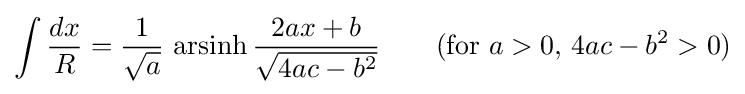
\int {\frac {dx}{R}}={\frac {1}{\sqrt {a}}}\,\operatorname {arsinh} {\frac {2ax+b}{\sqrt {4ac-b^{2}}}}\qquad {\mbox{(for }}a>0{\mbox{, }}4ac-b^{2}>0{\mbox{)}}